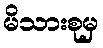
မိသားစုမှ